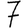
Digit: 7